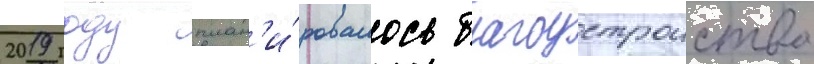
2019 году план'и́ровалось благоустроиство